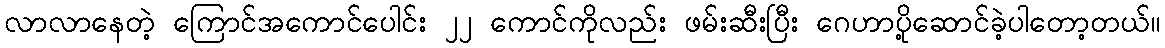
လာလာနေတဲ့ ကြောင်အကောင်ပေါင်း ၂၂ ကောင်ကိုလည်း ဖမ်းဆီးပြီး ဂေဟာပို့ဆောင်ခဲ့ပါတော့တယ်။